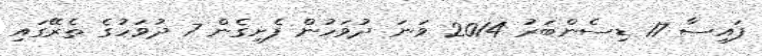
ފައިސާ 17 ޑިސެންބަރު 2014 ވަނަ ދުވަހުން ފެށިގެން 7 ދުވަހުގެ ތެރޭގައި